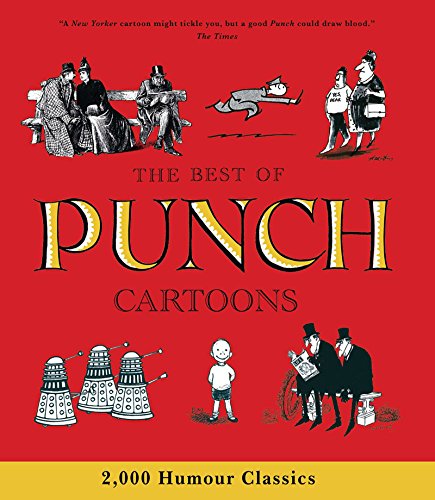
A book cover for The Best of Punch Cartoons: 2,000 Humor Classics; Helen Walasek; Humor & Entertainment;